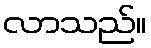
လာသည်။